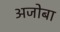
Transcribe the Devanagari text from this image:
अजोबा